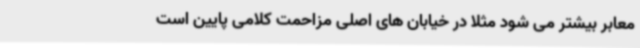
معابر بیشتر می شود مثلا در خیابان های اصلی مزاحمت کلامی پایین است